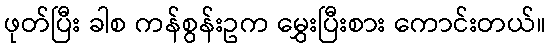
ဖုတ်ပြီး ခါစ ကန်စွန်းဥက မွှေးပြီးစား ကောင်းတယ်။